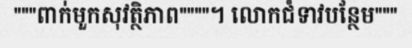
"""ពាក់មួកសុវត្ថិភាព""""។ លោកជំទាវបន្ថែម"""